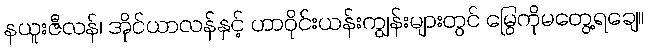
နယူးဇီလန်၊ အိုင်ယာလန်နှင့် ဟာဝိုင်းယန်းကျွန်းများတွင် မြွေကိုမတွေ့ရချေ။